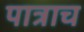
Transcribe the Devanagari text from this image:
पात्राच